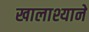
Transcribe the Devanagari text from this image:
खालाश्याने